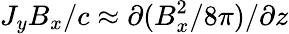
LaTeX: J_{y}B_{x}/c\approx\partial(B_{x}^{2}/8\pi)/\partial z